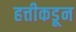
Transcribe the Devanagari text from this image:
हत्तीकडून